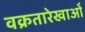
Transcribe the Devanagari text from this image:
वक्रतारेखाओं